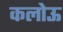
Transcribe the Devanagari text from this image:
कलोऊ